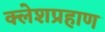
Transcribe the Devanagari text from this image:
क्लेशप्रहाण